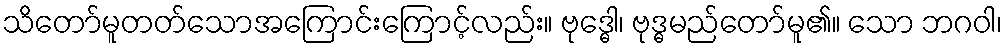
သိတော်မူတတ်သောအကြောင်းကြောင့်လည်း။ ဗုဒ္ဓေါ၊ ဗုဒ္ဓမည်တော်မူ၏။ သော ဘဂဝါ၊